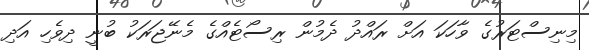
މިިނިސްޓަރުގެ ވާހަކަ އަށް ރައްދު ދެމުން ރިސޯޓެއްގެ މެނޭޖަރަކު ބުނީ ދިވެހި އަދި